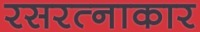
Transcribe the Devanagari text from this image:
रसरत्नाकार